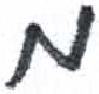
אות: מ